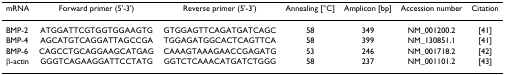
<table><thead><tr><td><b>mRNA</b></td><td><b>Forward primer (5&#x27;-3&#x27;)</b></td><td><b>Reverse primer (5&#x27;-3&#x27;)</b></td><td><b>Annealing [°C]</b></td><td><b>Amplicon [bp]</b></td><td><b>Accession number</b></td><td><b>Citation</b></td></tr></thead><tbody><tr><td>BMP-2</td><td>ATGGATTCGTGGTGGAAGTG</td><td>GTGGAGTTCAGATGATCAGC</td><td>58</td><td>349</td><td>NM_001200.2</td><td>[41]</td></tr><tr><td>BMP-4</td><td>AGCATGTCAGGATTAGCCGA</td><td>TGGAGATGGCACTCAGTTCA</td><td>58</td><td>399</td><td>NM_130851.1</td><td>[41]</td></tr><tr><td>BMP-6</td><td>CAGCCTGCAGGAAGCATGAG</td><td>CAAAGTAAAGAACCGAGATG</td><td>53</td><td>246</td><td>NM_001718.2</td><td>[42]</td></tr><tr><td>β-actin</td><td>GGGTCAGAAGGATTCCTATG</td><td>GGTCTCAAACATGATCTGGG</td><td>58</td><td>237</td><td>NM_001101.2</td><td>[43]</td></tr></tbody></table>